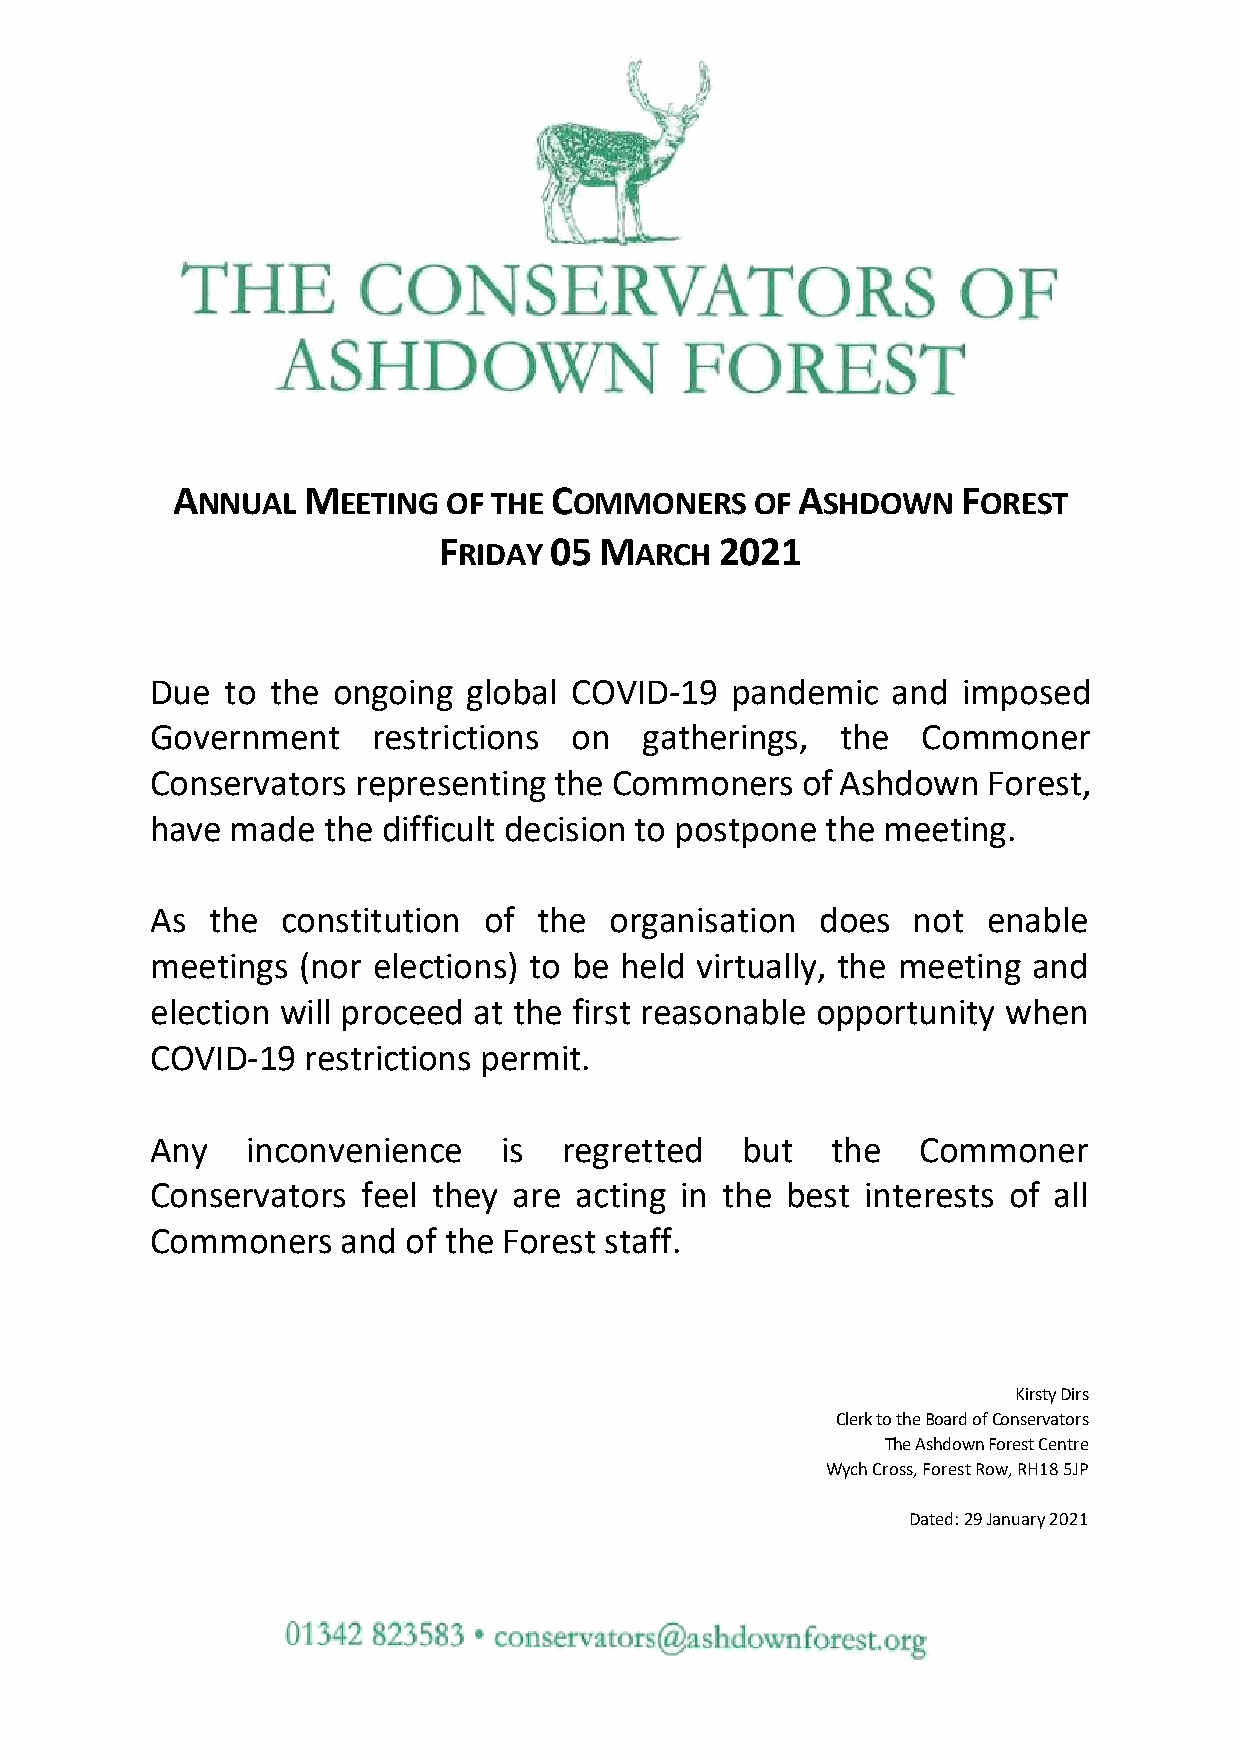
A        M               C                A          F
 NNUAL    EETING  OF THE  OMMONERS    OF  SHDOWN     OREST
 F      05  M       2021
 RIDAY       ARCH
 Due  to the ongoing  global COVID-19  pandemic   and  imposed
 Government     restrictions on   gatherings,  the  Commoner
 Conservators  representing the Commoners   of Ashdown  Forest,
 have made  the difficult decision to postpone the meeting.
 As  the  constitution of  the organisation  does  not  enable
 meetings  (nor elections) to be held virtually, the meeting and
 election will proceed at the first reasonable opportunity when
 COVID-19  restrictions permit.
 Any   inconvenience    is  regretted   but   the   Commoner
 Conservators  feel they are acting in the best interests of all
 Commoners    and of the Forest staff.
 Kirsty Dirs
 Clerk to the Board of Conservators
 The Ashdown Forest Centre
 Wych Cross, Forest Row, RH18 5JP
 Dated: 29 January 2021